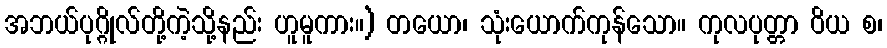
အဘယ်ပုဂ္ဂိုလ်တို့ကဲ့သို့နည်း ဟူမူကား။) တယော၊ သုံးယောက်ကုန်သော။ ကုလပုတ္တာ ဝိယ စ၊